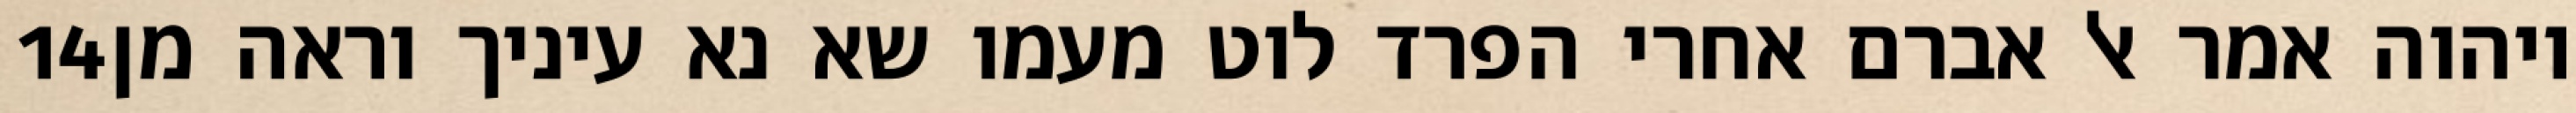
‎14‏ ויהוה אמר אל אברם אחרי הפרד לוט מעמו שא נא עיניך וראה מן